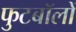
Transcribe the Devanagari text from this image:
फुटबॉलों